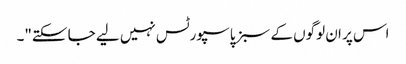
اس پر ان لوگوں کے سبز پاسپورٹس نہیں لیے جا سکتے"۔